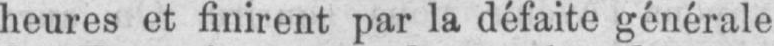
heures et finirent par la défaite générale